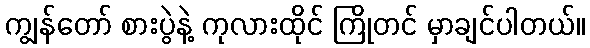
ကျွန်တော် စားပွဲနဲ့ ကုလားထိုင် ကြိုတင် မှာချင်ပါတယ်။